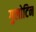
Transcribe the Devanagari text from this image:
गुलोटिन